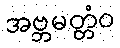
အဗ္ဘမတ္တံဝ